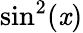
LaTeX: \sin^{2}(\mathit{x})